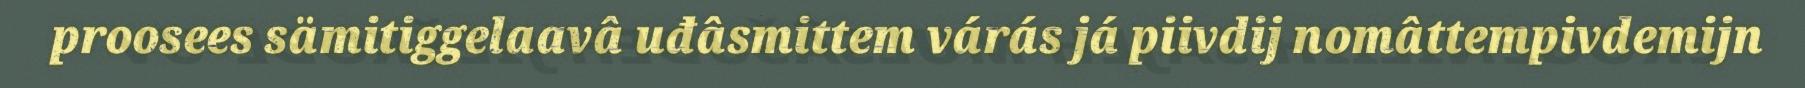
proosees sämitiggelaavâ uđâsmittem várás já piivdij nomâttempivdemijn